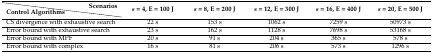
<table><thead><tr><td></td><td><b>Scenarios</b></td><td rowspan="2"><b><i>s</i> = 4, E = 100 J</b></td><td rowspan="2"><b><i>s</i> = 8, E = 200 J</b></td><td rowspan="2"><b><i>s</i> = 12, E = 300 J</b></td><td rowspan="2"><b><i>s</i> = 16, E = 400 J</b></td><td rowspan="2"><b><i>s</i> = 20, E = 500 J</b></td></tr><tr><td><b>Control Algorithms</b></td><td></td></tr></thead><tbody><tr><td colspan="2">CS divergence with exhaustive search</td><td>22 s</td><td>153 s</td><td>1062 s</td><td>7259 s</td><td>50973 s</td></tr><tr><td colspan="2">Error bound with exhaustive search</td><td>23 s</td><td>162 s</td><td>1128 s</td><td>7698 s</td><td>53168 s</td></tr><tr><td colspan="2">Error bound with MPF</td><td>20 s</td><td>91 s</td><td>204 s</td><td>365 s</td><td>578 s</td></tr><tr><td colspan="2">Error bound with complex</td><td>16 s</td><td>81 s</td><td>206 s</td><td>573 s</td><td>1296 s</td></tr></tbody></table>